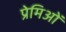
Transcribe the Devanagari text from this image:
प्रेमिओं